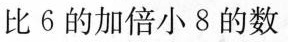
比6的加倍小8的数